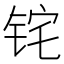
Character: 𬭈